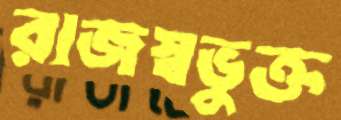
রাজস্বভুক্ত